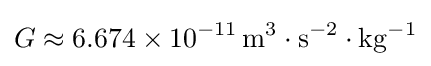
G\approx 6.674\times 10^{-11}\,{\rm {m^{3}\cdot s^{-2}\cdot kg^{-1}}}